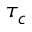
\tau _ { c }